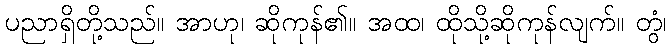
ပညာရှိတို့သည်။ အာဟု၊ ဆိုကုန်၏။ အထ၊ ထိုသို့ဆိုကုန်လျက်။ တွံ၊